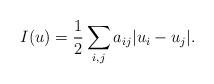
LaTeX: \begin{align*}I(u)=\frac{1}{2}\sum_{i,j}a_{ij} |u_i-u_j|.\end{align*}